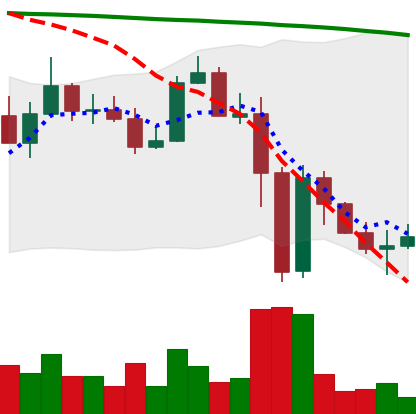
Ticker: ADA-USD
Chart end date: 2022-11-15
Forward return: -7.33%
Label: down_7plus